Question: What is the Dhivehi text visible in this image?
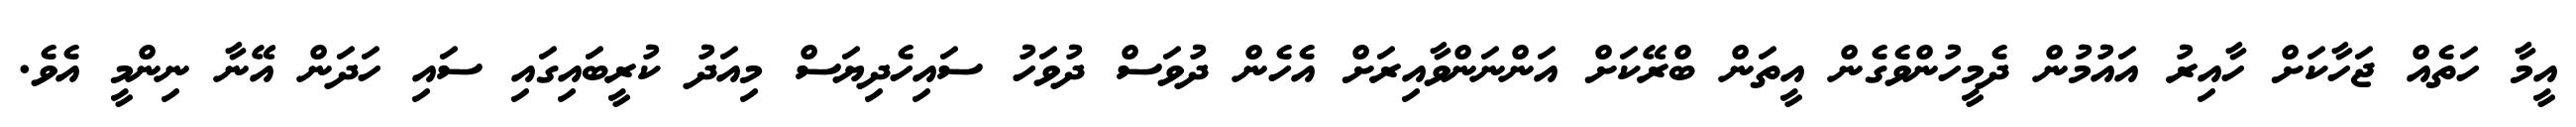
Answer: އީމާ ހަތެއް ޖަހާކަށް ހާއިރު އައުމުން ދެމީހުންވެގެން އީތަން ބްރޭކަށް އަންނަންވާއިރަށް އެހެން ދުވަސް ދުވަހު ސައިހެދިޔަސް މިއަދު ކުރީބައިގައި ސައި ހަދަން އޭނާ ނިންމީ އެވެ.